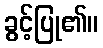
ခွင့်ပြု၏။